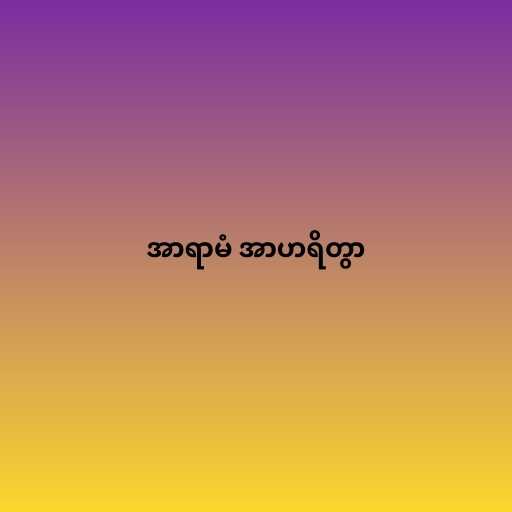
အာရာမံ အာဟရိတွာ